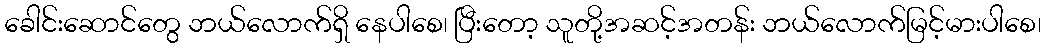
ခေါင်းဆောင်တွေ ဘယ်လောက်ရှိ နေပါစေ၊ ပြီးတော့ သူတို့အဆင့်အတန်း ဘယ်လောက်မြင့်မားပါစေ၊